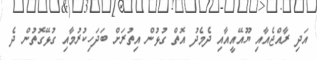
އަދި ރާއްޖެއާއި ޔޫއޭއީއާއި ދެމެދު އޮތް ގުޅުން އިތުރަށް ބަދަހިކުރުމާއި ގުޅޭގޮތުން ދެ